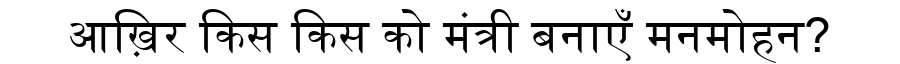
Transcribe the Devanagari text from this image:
आख़िर किस किस को मंत्री बनाएँ मनमोहन?